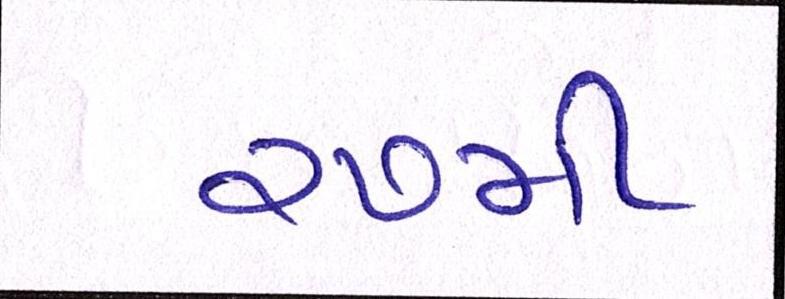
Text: ૨૭મી